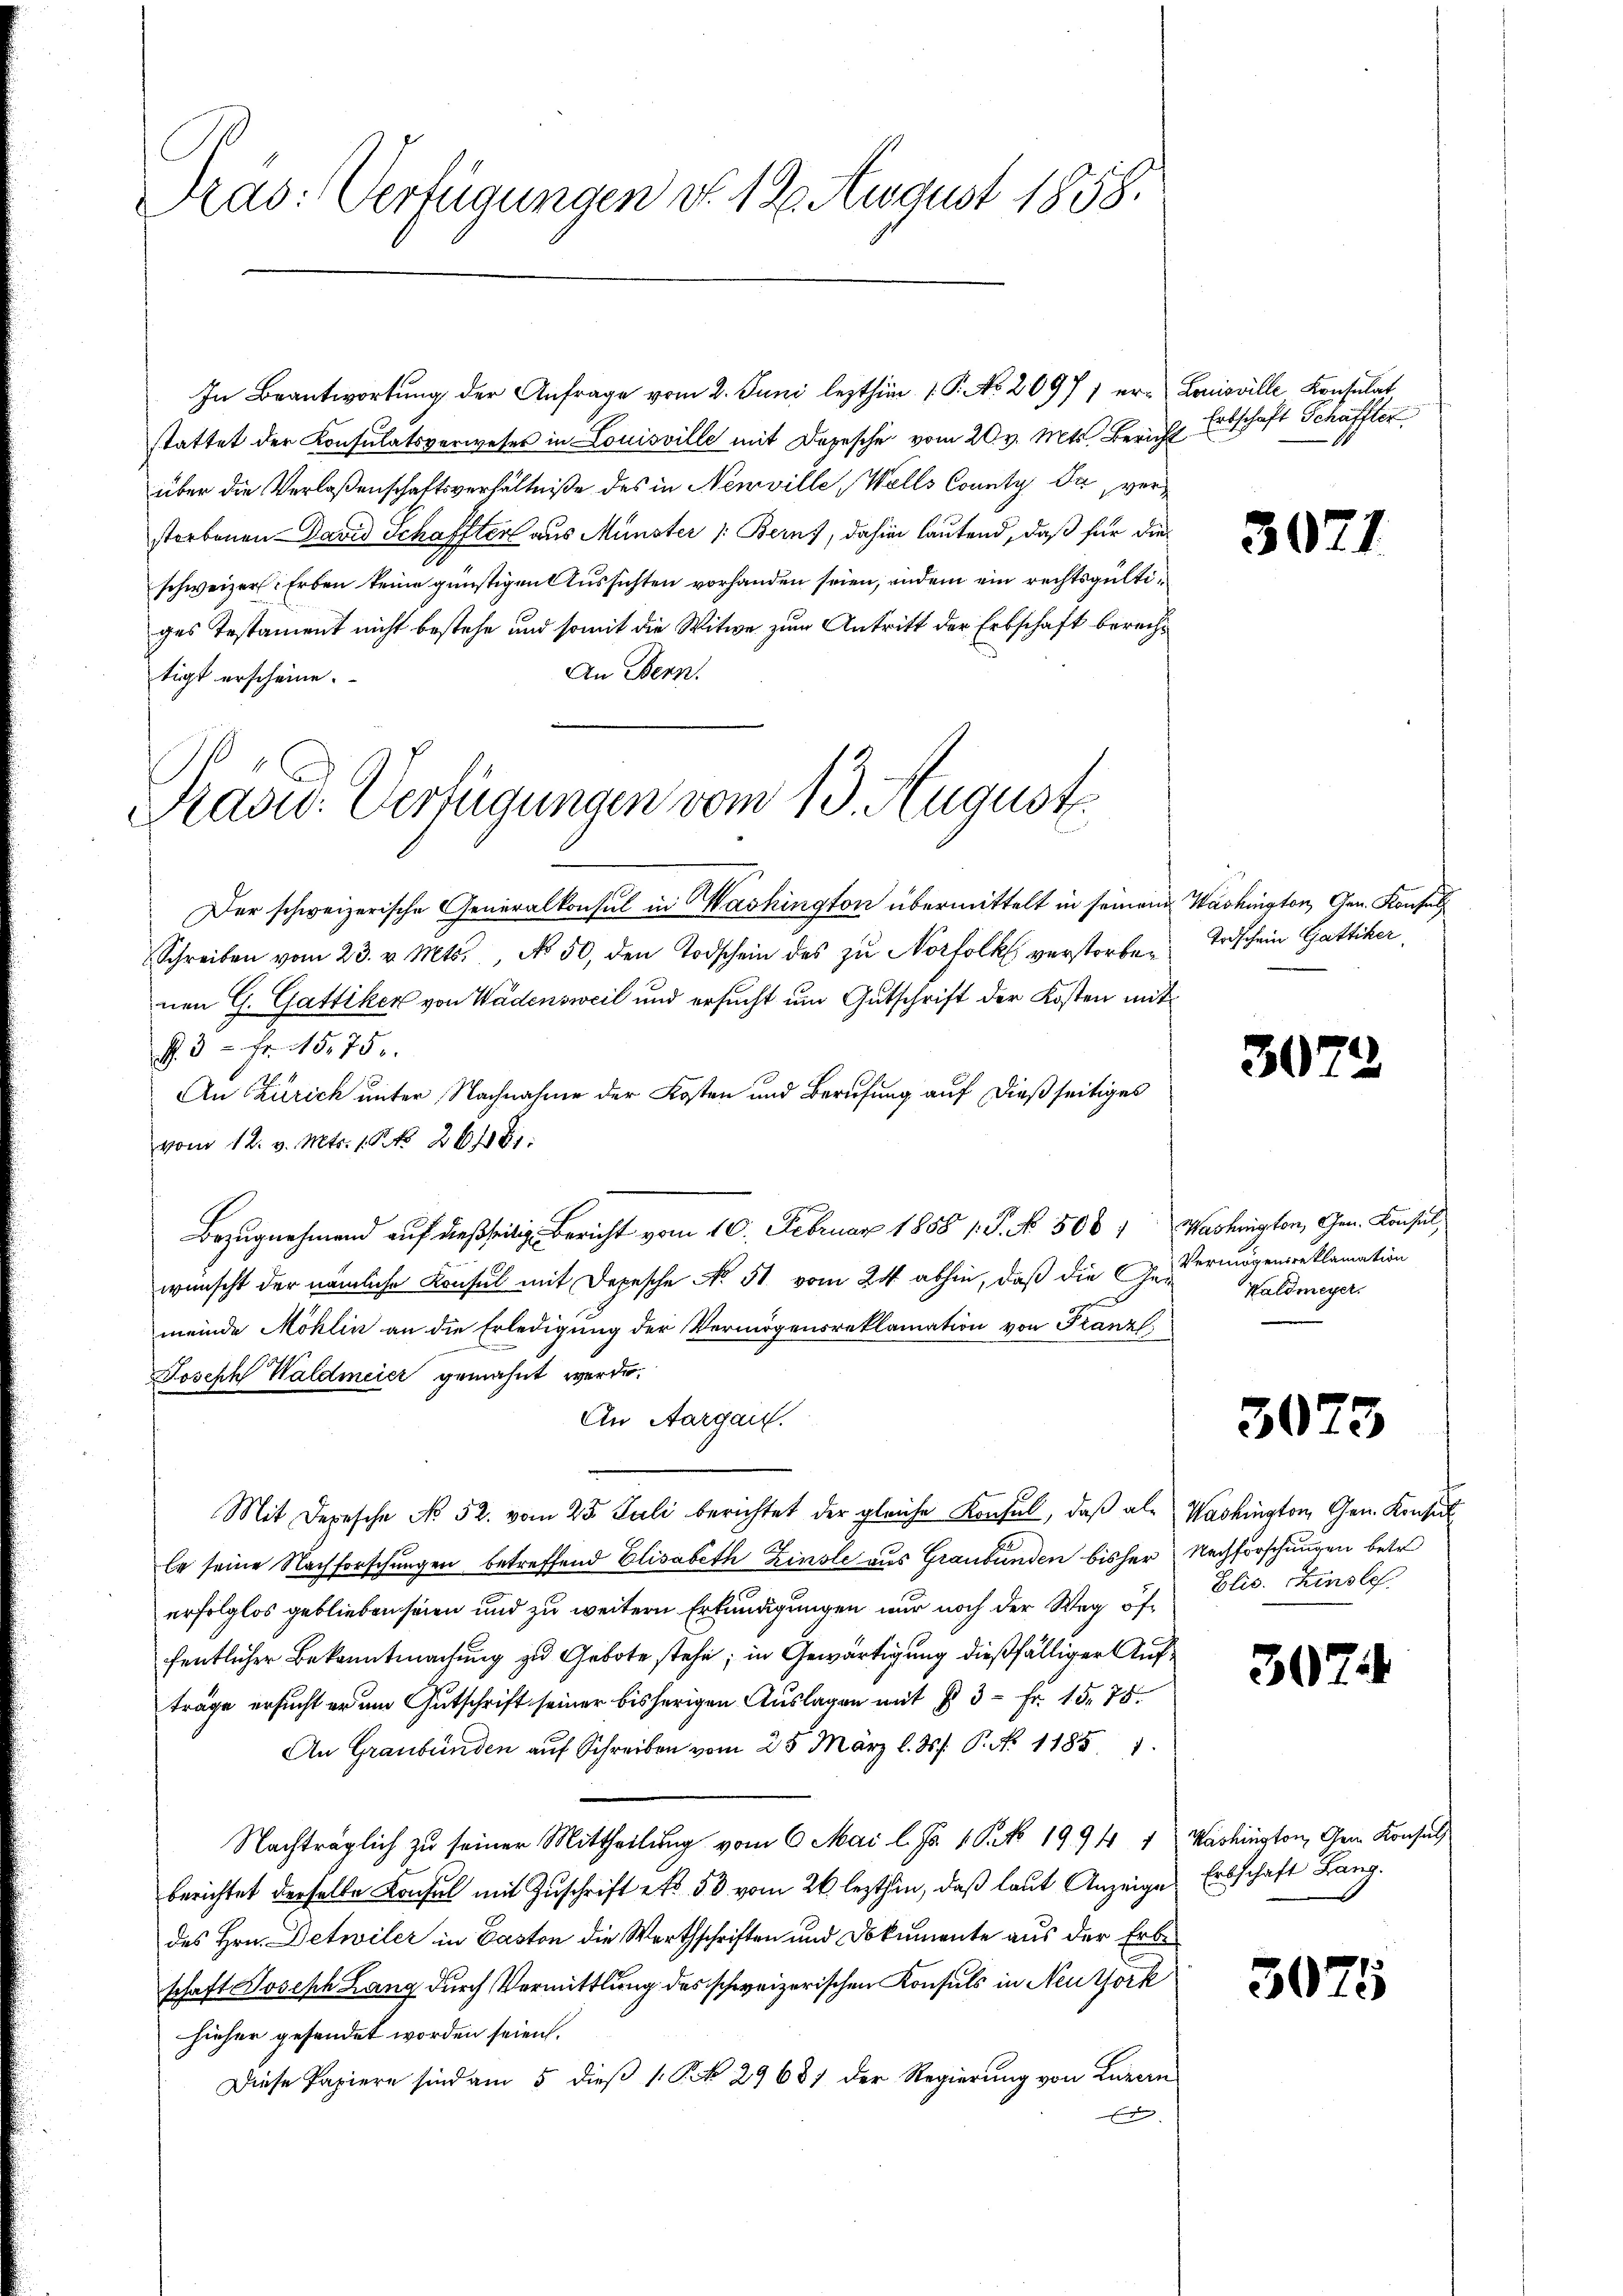
Dras: Verfügungen d. 12. August 1858.

In Beantwortŭng der Anfrage vom 2. Juni lezthin 1. P. No. 20971 er- Louisville Konsulat
stattet der Konsulatsverweser in Louisville mit Depesche vom 20. v. Mts. Bericht Erbschaft Schaffter
über die Verlaßenschaftsverhältniße des in Neuville, Wells County da, verstorbenen David Schaffter aus Münster /: Berns, dahin lautend, daß für die¬
.
schweizer. Erben keine günstigen Aussichten vorhanden seien, indem ein rechtsgültiges Testament nicht bestehe und somit die Witwe zum Antritt der Erbschaft berech¬
An Bern.
tigt erscheine.
Der schweizerische Generalkonsul in Washington übermittelt in seinem Washington, Gen. Konsul
Schreiben vom 23. v. Mts. No. 50, den Todschein des zŭ Norfolk verstorben Todschein Gattiker,
nen G. Gattiker von Wädensweil und ersucht um Gutschrift der Kosten mit
R. 32. Fr. 1575.
An Zürich unter Nachnahme der Kosten und Berufung auf dießseitiges
vom 12. v. Mts. 1 S. 201881.
Bezugnahmend auf dießseitige Bericht vom 10. Februar 1858 1. P. No. 500 " Washington, Gen. Konsul,
wünscht der nämliche Konsul mit Depesche No 51 vom 24. abhin, daß die C. u ermögensreklamation
meinde Möhlin an die Erledigung der Vermögensreklamation von Franz
Joseph Waldmeier gemahnt werde.
An Aargau.
Mit Depesche No 52. vom 25. Juli berichtet der gleiche Konsul, daß als Washington, Gen. Konsul
le seine Nachforschungen betreffend Elisabeth Zinsle aus Graubünden bisher Nachforschungen betr
erfolglos geblieben seien und zu weitern Erkundigungen nur noch der Weg öffentlicher Bekanntmachung zu Gebote stehe; in Gewärtigung dießfälliger Aufträge ersucht er am Gutschrift seiner bisherigen Auslagen mit § 3 Fr. 15. 75.
An Graubünden auf Schrei vom 25 März l. J. P. Nr. 1185. 1
Nachträglich zu seiner Mittheilung vom 6. Mai l. Js. 1 S. 1994. 1
berichtet derselbe Konsul mit Zuschrift et 50 vom 26. lezthin, daß laut Anzeige Erbschaft Lang
des Hrn. Detwiler in Paston die Worthschriften und Dokumente aus der Erbe
schaft Joseph Lang durch Vermittlung des schweizerischen Konsuls in Neuthork
hieher gesendet worden seien.
Diese Papiere sind am 5 dieß 1 S. No 2968) der Regierung von Luzern
E

Radw. Verfügungen vom 13. August

3071

30

4

Waldmeyer.

3073

Elis. Zinslos.

307.

Washington, Gem. Konsul

3075